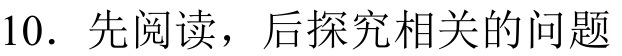
10. 先阅读，后探究相关的问题